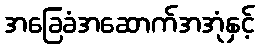
အခြေခံအဆောက်အအုံနှင့်